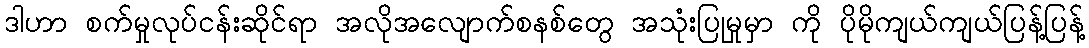
ဒါဟာ စက်မှုလုပ်ငန်းဆိုင်ရာ အလိုအလျောက်စနစ်တွေ အသုံးပြုမှုမှာ ကို ပိုမိုကျယ်ကျယ်ပြန့်ပြန့်